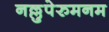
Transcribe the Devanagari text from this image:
नल्लुपेरुमनम